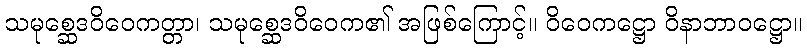
သမုစ္ဆေဒဝိဝေကတ္တာ၊ သမုစ္ဆေဒဝိဝေက၏ အဖြစ်ကြောင့်။ ဝိဝေကဋ္ဌော ဝိနာဘာဝဋ္ဌော။